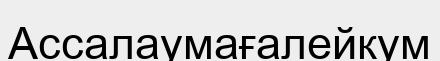
Ассалаумағалейкум